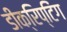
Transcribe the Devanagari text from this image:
डीक्रिप्टिंग